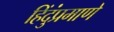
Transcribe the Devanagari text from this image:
हिंदुंप्रमाणे